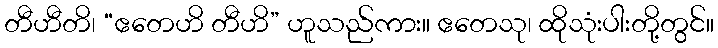
တီဟီတိ၊ “ဧတေဟိ တီဟိ” ဟူသည်ကား။ ဧတေသု၊ ထိုသုံးပါးတို့တွင်။